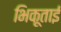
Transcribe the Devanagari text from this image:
भिकूताई